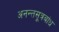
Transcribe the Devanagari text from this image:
अनन्तसूत्रबांध